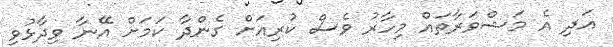
އަދި އެ މަޝްވަރާތައް މިހާރު ވެސް ކުރިއަށް ގެންދާ ކަމަށް އޭނާ ވިދާޅުވި